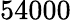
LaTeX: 54000